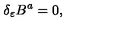
\delta _ { \varepsilon } B ^ { a } = 0 ,